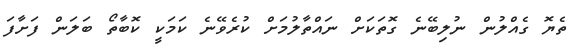
ތެޔޮ ގެއްލުން ނުލިބޭނެ ގޮތަަކަށް ނައްތާލުމަށް ކުރެވޭނެ ކަމަކީ ކޮބާތޯ ބަލަން ފަށާފަ